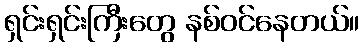
ရှင်းရှင်းကြီးတွေ နစ်ဝင်နေတယ်။